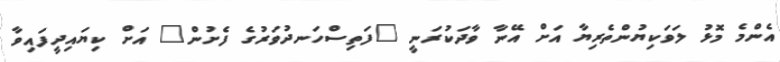
އެންމެ މޮޅު ލަވަކިޔުންތެރިޔާ އަށް އޭނާ ވާދަކުރަނީ "ފަތިސްހަނދުވަރުގެ ފެށުން" އަށް ކިޔައިދީފައިވާ